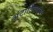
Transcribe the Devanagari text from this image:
अंटार्टिक्यावर